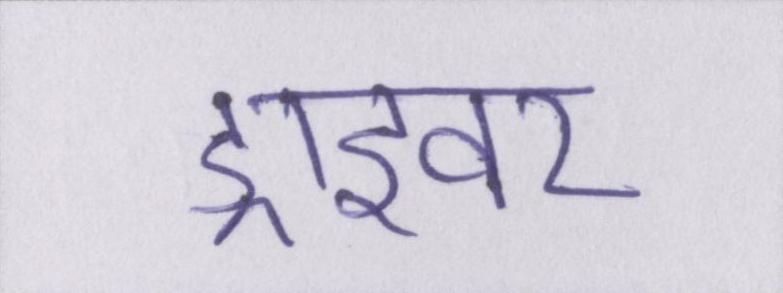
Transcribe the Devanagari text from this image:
ड्राइवर